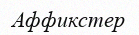
Аффикстер